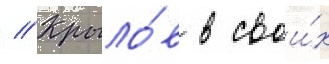
// Крыло́в в свои́х